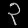
Digit: ၃